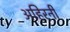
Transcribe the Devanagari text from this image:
अहिरनी